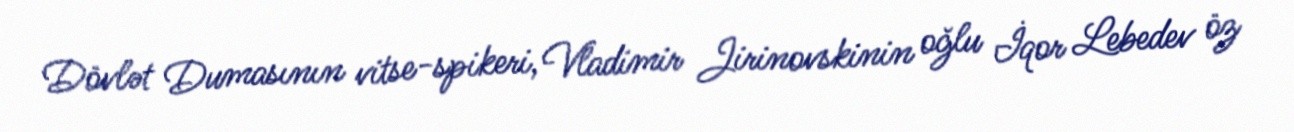
Dövlət Dumasının vitse-spikeri, Vladimir Jirinovskinin oğlu İqor Lebedev öz